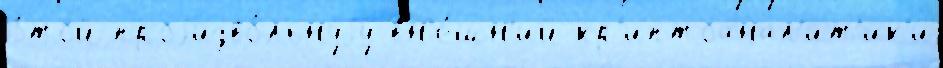
э́той проjизво́льнуjу вн'е́шн'ий кр'иптоанал'ит'ик'и